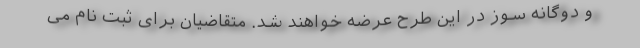
و دوگانه سوز در این طرح عرضه خواهند شد. متقاضیان برای ثبت نام می